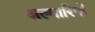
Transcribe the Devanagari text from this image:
अल्मारियों